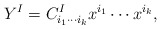
\begin{align*}Y^I = C^I_{i_1\cdots i_k} x^{i_1}\cdots x^{i_k},\end{align*}